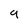
Character: 9